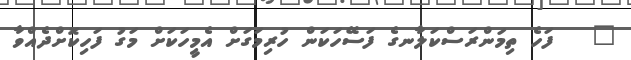
٧   ފަހެ ތިމަންރަސްކަލާނގެ ފަސޭހަކަން ހުރިމަގަށް އެމީހަކަށް މަގު ފަހިކޮށްދެއްވާ